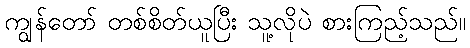
ကျွန်တော် တစ်စိတ်ယူပြီး သူ့လိုပဲ စားကြည့်သည်။